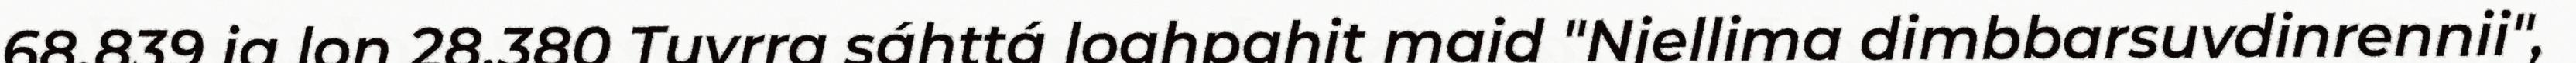
68.839 ja lon 28.380 Tuvrra sáhttá loahpahit maid "Njellima dimbbarsuvdinrennii",